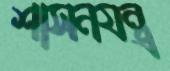
শাসনযন্ত্র